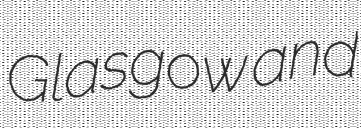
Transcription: Glasgow and